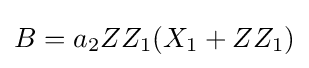
B=a_{2}ZZ_{1}(X_{1}+ZZ_{1})